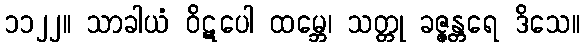
၁၁၂၂။ သာခါယံ ဝိဋပေါ ထမ္ဘေ၊ သတ္တု ခဇ္ဇန္တရေ ဒိသေ။